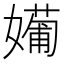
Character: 𡢼